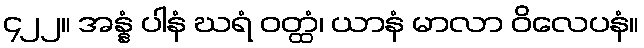
၄၂၂။ အန္နံ ပါနံ ဃရံ ဝတ္ထံ၊ ယာနံ မာလာ ဝိလေပနံ။